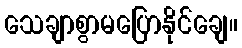
သေချာစွာမပြောနိုင်ချေ။